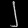
Digit: ၂